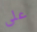
على